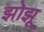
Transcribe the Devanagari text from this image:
झोझू